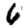
Digit: 6